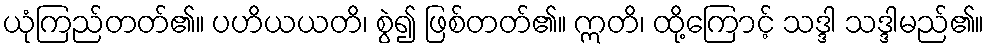
ယုံကြည်တတ်၏။ ပဟိယယတိ၊ စွဲ၍ ဖြစ်တတ်၏။ ဣတိ၊ ထို့ကြောင့် သဒ္ဒါ သဒ္ဒါမည်၏။